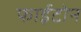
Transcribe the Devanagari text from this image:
फाईटोन